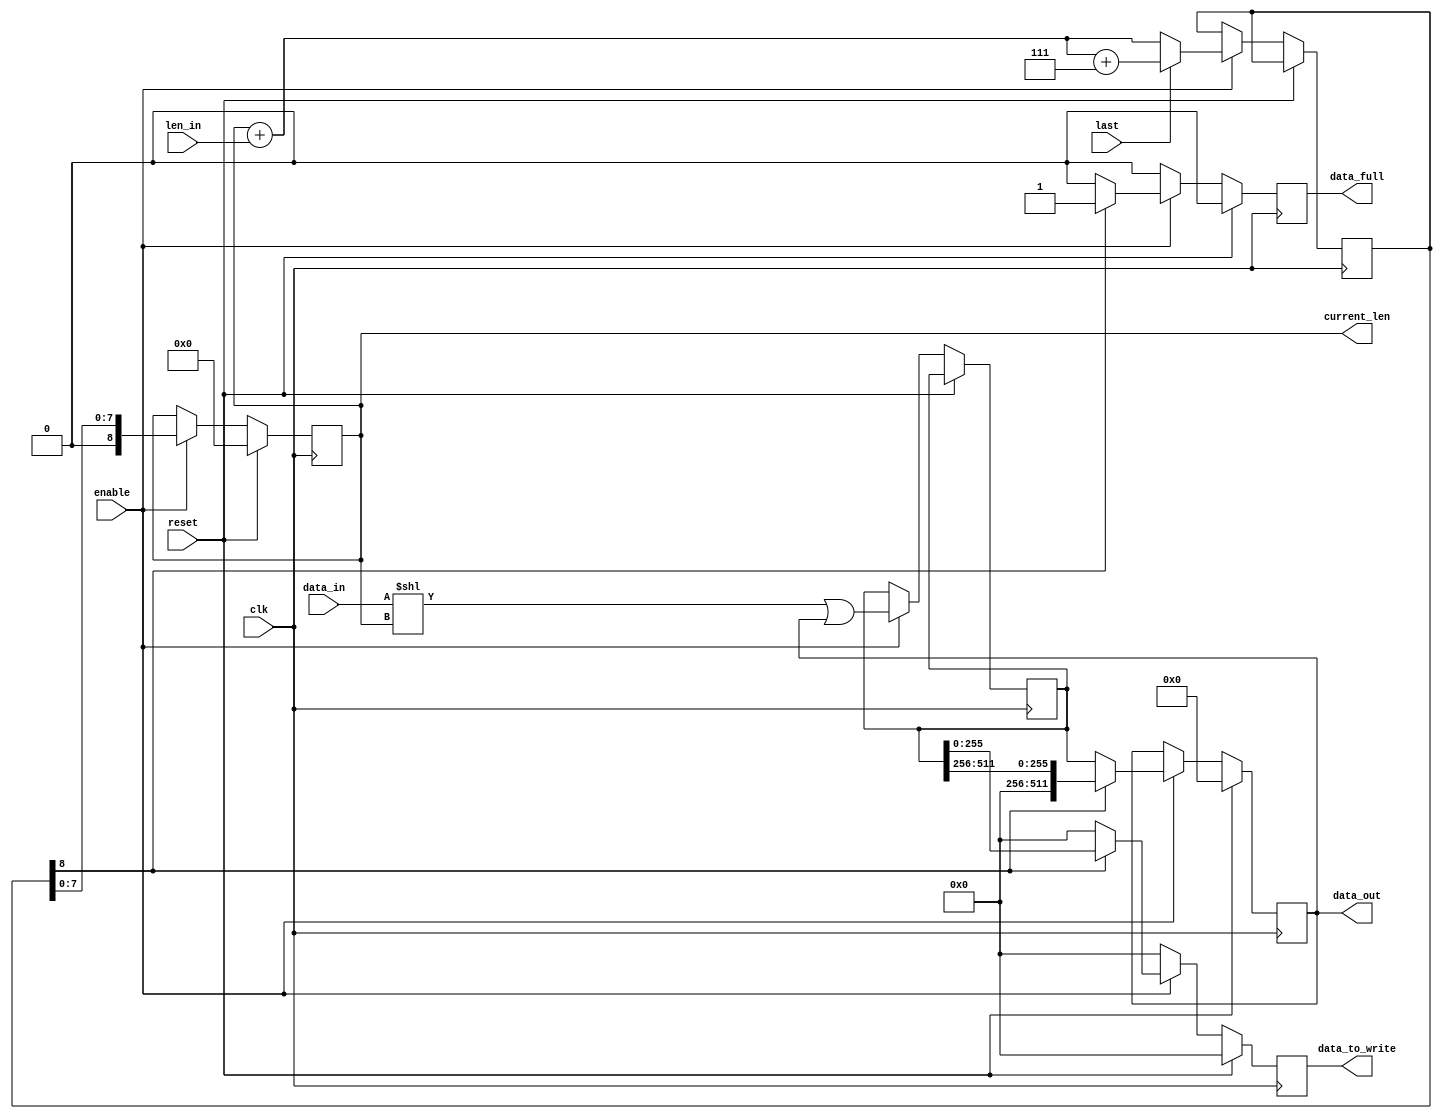
module barrel_shifter_512bits(
	clk, 
	reset, 
	data_in, 
	len_in, 
	enable, 
	last, 
	current_len, 
	data_full, 
	data_to_write, 
	data_out
);

input 	clk;
input 	reset;
input 	[255:0] 	data_in;
input 	[7:0]	len_in;
input 	 		enable;
input 			last;

output 	[8:0] 	current_len;
output 			data_full;
output 	[255:0]	data_to_write;
output 	[511:0]	data_out;


reg 	[8:0] 	len_sum;
reg 	[511:0]	data_tmp;

reg 	[8:0] 	current_len_reg;
reg 	[511:0]	data_out_reg;
reg 	[255:0] 	data_to_write_reg;
reg 			data_full_reg;


always @(posedge clk)
begin
	if(reset)
	begin
		current_len_reg <= 9'd0;
		data_out_reg <= 512'd0;
		data_full_reg <= 1'b0;
		data_to_write_reg <= 256'd0;
	end

	else
	begin
		if(enable)
		begin
			if(last)
			begin
				len_sum <= current_len_reg + {1'b0, len_in} + 9'd7;
				data_tmp <= (data_in << current_len_reg) | data_out_reg;
				if(len_sum[8]) //means lower half is full
				begin
					data_out_reg <= {256'd0, data_tmp[511:256]};
					current_len_reg <= {1'b0, len_sum[7:0]};
					data_full_reg <= 1'b1;
					data_to_write_reg <= data_tmp[255:0];
				end
				else
				begin
					data_out_reg <= data_tmp;
					current_len_reg <= len_sum;
					data_full_reg <= 1'b0;
					data_to_write_reg <= 256'd0;
				end
			end
			else
			begin
				len_sum <= current_len_reg + {1'b0, len_in};
				data_tmp <= (data_in << current_len_reg) | data_out_reg;
				if(len_sum[8]) //means lower half is full
				begin
					data_out_reg <= {256'd0, data_tmp[511:256]};
					current_len_reg <= {1'b0, len_sum[7:0]};
					data_full_reg <= 1'b1;
					data_to_write_reg <= data_tmp[255:0];
				end
				else
				begin
					data_out_reg <= data_tmp;
					current_len_reg <= len_sum;
					data_full_reg <= 1'b0;
					data_to_write_reg <= 256'd0;
				end
			end			
		end

		else
		begin
			data_full_reg <= 1'b0;
			current_len_reg <= current_len_reg;
			data_out_reg <= data_out_reg;
			data_to_write_reg <= 256'd0;
		end

	end
end 

assign current_len = current_len_reg;
assign data_full = data_full_reg;
assign data_to_write = data_to_write_reg;
assign data_out = data_out_reg;


endmodule